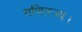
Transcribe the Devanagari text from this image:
गणितज्य।